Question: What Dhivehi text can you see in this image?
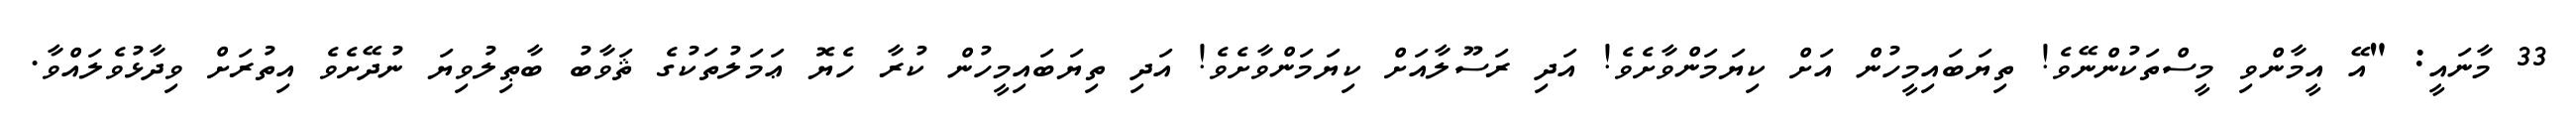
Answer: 33 މާނައީ: "އޭ އީމާންވި މީސްތަކުންނޭވެ! ތިޔަބައިމީހުން އަށް ކިޔަމަންވާށެވެ! އަދި ރަސޫލާއަށް ކިޔަމަންވާށެވެ! އަދި ތިޔަބައިމީހުން ކުރާ ހެޔޮ ޢަމަލުތަކުގެ ޘަވާބު ބާޠިލުވިޔަ ނުދޭށެވެ އިތުރަށް ވިދާޅުވެލައްވާ.